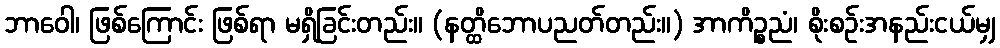
ဘာဝေါ၊ ဖြစ်ကြောင်း ဖြစ်ရာ မရှိခြင်းတည်း။ (နတ္ထိဘောပညတ်တည်း။) အာကိဉ္စညံ၊ စိုးစဉ်းအနည်းငယ်မျှ